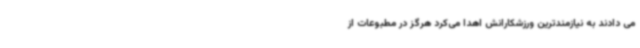
می دادند به نیازمندترین ورزشکارانش اهدا می‌کرد هرگز در مطبوعات از